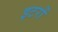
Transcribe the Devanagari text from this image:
इटरों